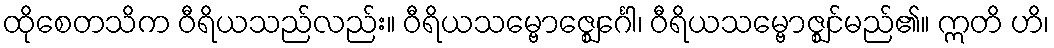
ထိုစေတသိက ဝီရိယသည်လည်း။ ဝီရိယသမ္ဗောဇ္ဈေင်္ဂေါ၊ ဝီရိယသမ္ဗောဇ္ဈင်မည်၏။ ဣတိ ဟိ၊